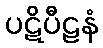
ပဋိပီဠနံ